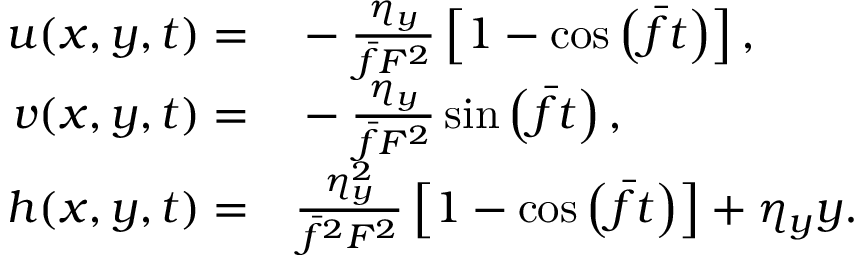
\begin{array} { r l } { u ( x , y , t ) = } & { { } - \frac { \eta _ { y } } { \bar { f } F ^ { 2 } } \left[ 1 - \cos \left( \bar { f } t \right) \right] , } \\ { v ( x , y , t ) = } & { { } - \frac { \eta _ { y } } { \bar { f } F ^ { 2 } } \sin \left( \bar { f } t \right) , } \\ { h ( x , y , t ) = } & { { } \frac { \eta _ { y } ^ { 2 } } { \bar { f } ^ { 2 } F ^ { 2 } } \left[ 1 - \cos \left( \bar { f } t \right) \right] + \eta _ { y } y . } \end{array}